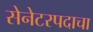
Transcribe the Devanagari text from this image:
सेनेटरपदाचा